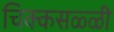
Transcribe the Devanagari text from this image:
चिक्कसळ्ळी